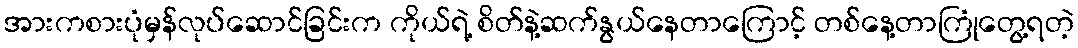
အားကစားပုံမှန်လုပ်ဆောင်ခြင်းက ကိုယ်ရဲ့ စိတ်နဲ့ဆက်နွယ်နေတာကြောင့် တစ်နေ့တာကြုံတွေ့ရတဲ့